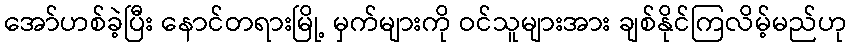
အော်ဟစ်ခဲ့ပြီး နောင်တရားမြို့ မှက်များကို ဝင်သူများအား ချစ်နိုင်ကြလိမ့်မည်ဟု